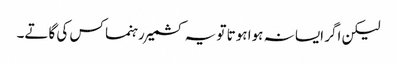
لیکن اگر ایسا نہ ہوا ہوتا تو یہ کشمیر رہنما کس کی گاتے۔